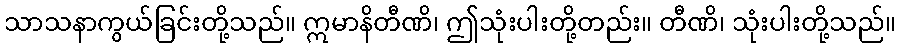
သာသနာကွယ်ခြင်းတို့သည်။ ဣမာနိတီဏိ၊ ဤသုံးပါးတို့တည်း။ တီဏိ၊ သုံးပါးတို့သည်။